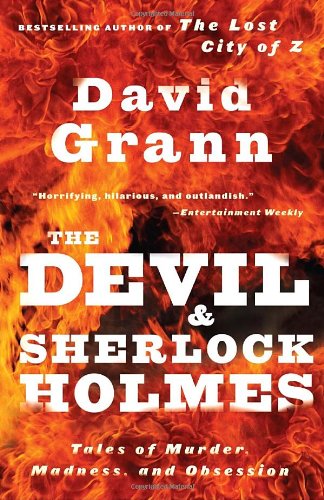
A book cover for The Devil and Sherlock Holmes: Tales of Murder, Madness, and Obsession; David Grann; Mystery, Thriller & Suspense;